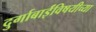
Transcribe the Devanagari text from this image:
दुर्गाबाईंविषयीच्या